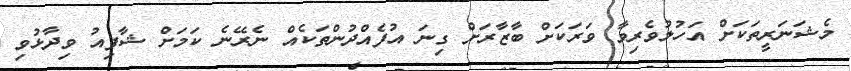
މެޝަނަރީތަކަށް އަހުލުވެރިވާ ވަރަކަށް ބާޒާރަށް ގިނަ އުފެއްދުންތަކެއް ނެރޭނެ ކަމަށް ޝާފިއު ވިދާޅުވި